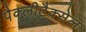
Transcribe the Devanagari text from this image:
पैक्लीटैक्सेल